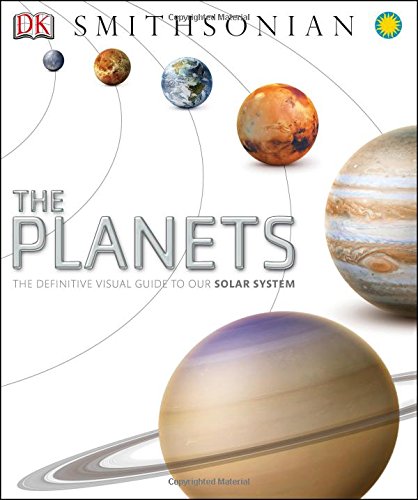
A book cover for The Planets; Robert Dinwiddie; Science & Math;